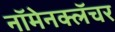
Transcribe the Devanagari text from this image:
नॉमेनक्लॅचर